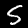
Label: 5